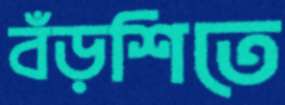
বঁড়শিতে